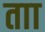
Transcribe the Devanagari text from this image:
ताा